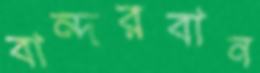
বান্দরবান